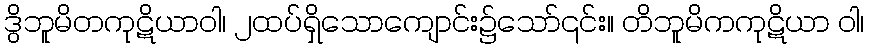
ဒွိဘူမိတကုဋိယာဝါ၊ ၂ထပ်ရှိသောကျောင်း၌သော်၎င်း။ တိဘူမိကကုဋိယာ ဝါ၊